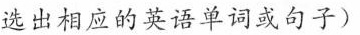
选出相应的英语单词或句子)